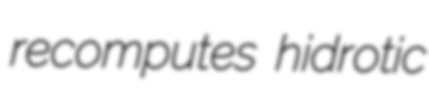
recomputes hidrotic